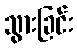
သွားခြင်း